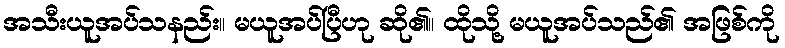
အသီးယူအပ်သနည်း။ မယူအပ်ပြီဟု ဆို၏။ ထိုသို့ မယူအပ်သည်၏ အဖြစ်ကို